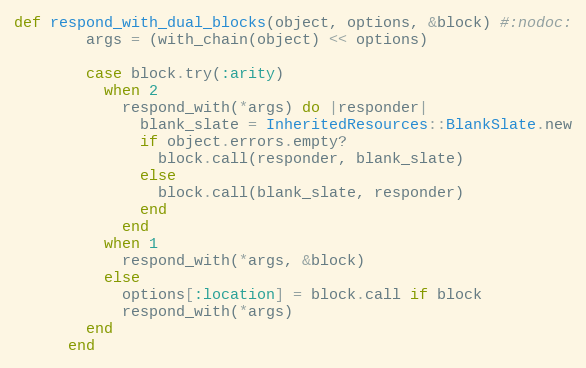
Language: Ruby
def respond_with_dual_blocks(object, options, &block) #:nodoc:
        args = (with_chain(object) << options)

        case block.try(:arity)
          when 2
            respond_with(*args) do |responder|
              blank_slate = InheritedResources::BlankSlate.new
              if object.errors.empty?
                block.call(responder, blank_slate)
              else
                block.call(blank_slate, responder)
              end
            end
          when 1
            respond_with(*args, &block)
          else
            options[:location] = block.call if block
            respond_with(*args)
        end
      end